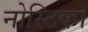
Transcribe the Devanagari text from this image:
नोस्टिका